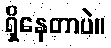
ရှိနေတာပဲ။